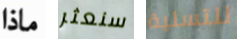
ماذا سنعثر للتسلية